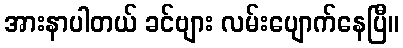
အားနာပါတယ် ခင်ဗျား လမ်းပျောက်နေပြီ။